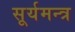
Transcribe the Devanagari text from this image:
सूर्यमन्त्र